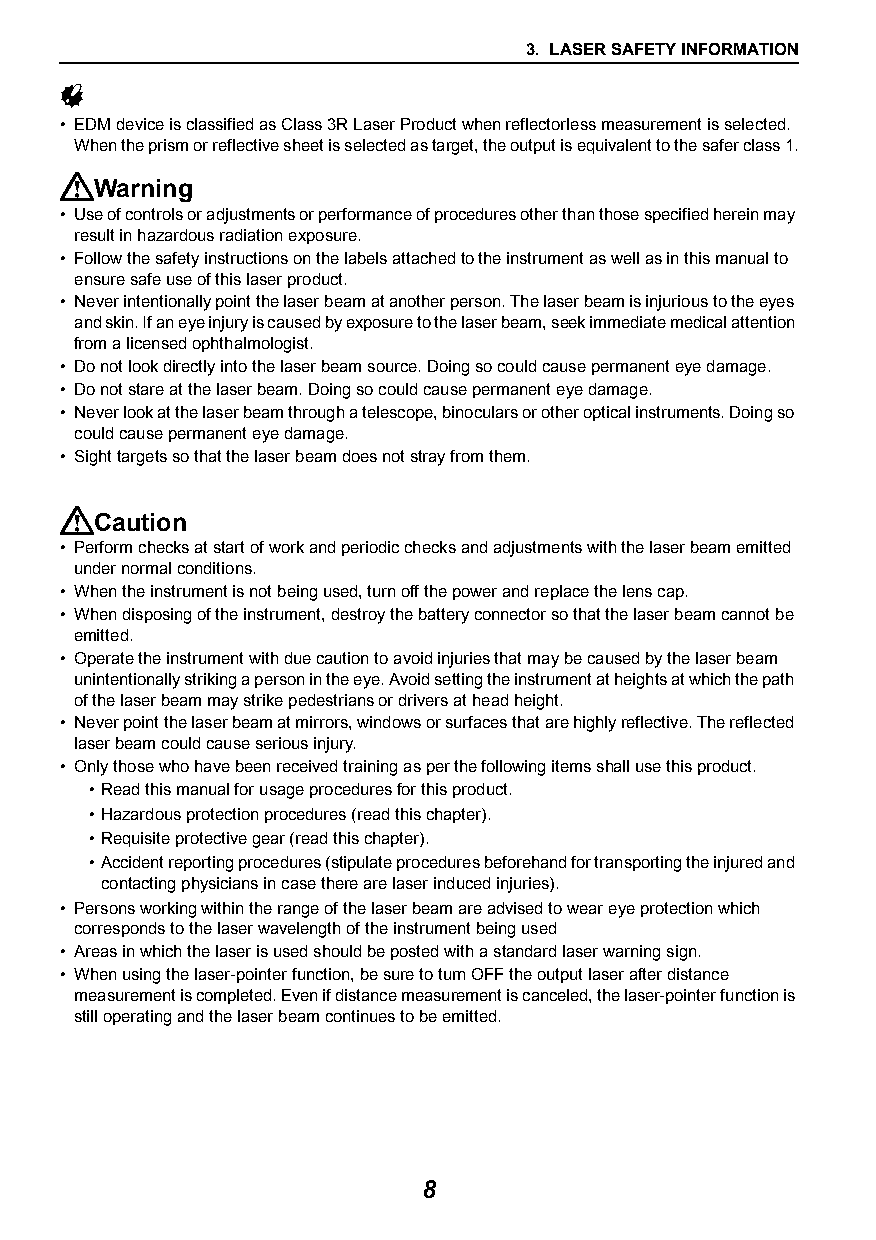
3. LASER SAFETY INFORMATION
 
 • EDM device is classified as Class 3R Laser Product when reflectorless measurement is selected.
 When the prism or reflective sheet is selected as target, the output is equivalent to the safer class 1.
 Warning
 • Use of controls or adjustments or performance of procedures other than those specified herein may
 result in hazardous radiation exposure.
 • Follow the safety instructions on the labels attached to the instrument as well as in this manual to
 ensure safe use of this laser product.
 • Never intentionally point the laser beam at another person. The laser beam is injurious to the eyes
 and skin. If an eye injury is caused by exposure to the laser beam, seek immediate medical attention
 from a licensed ophthalmologist.
 • Do not look directly into the laser beam source. Doing so could cause permanent eye damage.
 • Do not stare at the laser beam. Doing so could cause permanent eye damage.
 • Never look at the laser beam through a telescope, binoculars or other optical instruments. Doing so
 could cause permanent eye damage.
 • Sight targets so that the laser beam does not stray from them.
 Caution
 • Perform checks at start of work and periodic checks and adjustments with the laser beam emitted
 under normal conditions.
 • When the instrument is not being used, turn off the power and replace the lens cap.
 • When disposing of the instrument, destroy the battery connector so that the laser beam cannot be
 emitted.
 • Operate the instrument with due caution to avoid injuries that may be caused by the laser beam
 unintentionally striking a person in the eye. Avoid setting the instrument at heights at which the path
 of the laser beam may strike pedestrians or drivers at head height.
 • Never point the laser beam at mirrors, windows or surfaces that are highly reflective. The reflected
 laser beam could cause serious injury.
 • Only those who have been received training as per the following items shall use this product.
 •Read this manual for usage procedures for this product.
 •Hazardous protection procedures (read this chapter).
 •Requisite protective gear (read this chapter).
 •Accident reporting procedures (stipulate procedures beforehand for transporting the injured and
 contacting physicians in case there are laser induced injuries).
 • Persons working within the range of the laser beam are advised to wear eye protection which
 corresponds to the laser wavelength of the instrument being used
 • Areas in which the laser is used should be posted with a standard laser warning sign.
 • When using the laser-pointer function, be sure to turn OFF the output laser after distance
 measurement is completed. Even if distance measurement is canceled, the laser-pointer function is
 still operating and the laser beam continues to be emitted.
 8